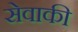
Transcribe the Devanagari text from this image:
सेवाकी